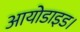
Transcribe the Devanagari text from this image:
आयोडाइड।